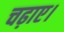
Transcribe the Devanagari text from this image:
चढ़ाए।